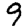
Digit: 9